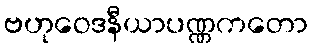
ဗဟုဝေဒနီယာပဏ္ဏကတော